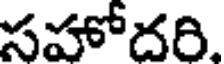
సహోదరి.